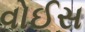
વોઈસ